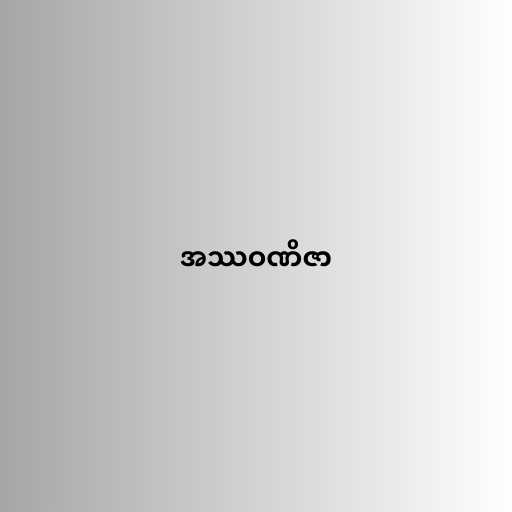
အဿဝဏိဇာ